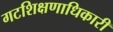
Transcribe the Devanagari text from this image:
गटशिक्षणाधिकारी